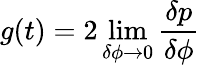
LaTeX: g(t)=2\operatorname*{lim}_{\delta\phi\rightarrow 0}\frac{\delta p}{\delta\phi}